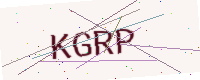
Text: KGRP